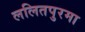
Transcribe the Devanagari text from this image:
ललितपुरमा